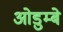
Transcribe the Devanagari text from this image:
ओडुम्बे